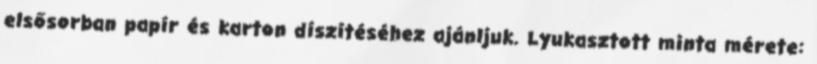
elsősorban papír és karton díszítéséhez ajánljuk. Lyukasztott minta mérete: